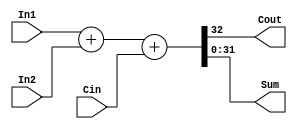
module FA_dataflow (Cout, Sum,In1,In2,Cin);   
input [31:0]In1,In2;   
input Cin;   
output Cout;   
output [31:0]Sum;     
assign {Cout,Sum}=In1+In2+Cin; 
endmodule

module tb;
reg [31:0]in1,in2;
reg cin;
wire cout;
wire [31:0]sum;
FA_dataflow f1(cout,sum,in1,in2,cin);

initial
begin
$monitor(,$time,"in1 = %b  in2=%b out=%b cin=%b cout = %b",in1,in2,sum,cin,cout);
#0  in1 = 32'd1;//decimal 1
	in2 = 32'd3;
	cin = 1'b0;
#10 in1 = in1+32'd9;
	in2 = in2+32'd9;
#10 in1= in1+32'd2;
	in2= in2+32'd2;
end

endmodule